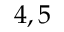
4 , 5